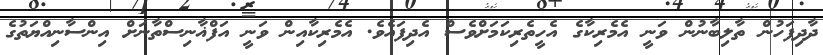
ދާދިފަހުން ތާލިބާނުން ވަނީ އެމެރިކާގެ އެހީތެރިކަމަށްވެސް އެދިފައެވެ. އެމެރިކާއިން ވަނީ އަފްޣާނިސްތާނަށް އިންސާނިއްޔަތުގެ